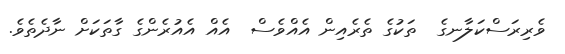
ވެރިރަސްކަލާނގެ  ތަކުގެ ތެރެއިން އެއްވެސް  އެއް އެއުރެންގެ ގާތަކަށް ނާދެތެވެ.